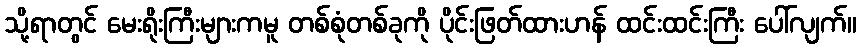
သို့ရာတွင် မေးရိုးကြီးများကမူ တစ်စုံတစ်ခုကို ပိုင်းဖြတ်ထားဟန် ထင်းထင်းကြီး ပေါ်လျက်။